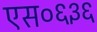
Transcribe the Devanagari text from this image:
एस०६३६